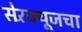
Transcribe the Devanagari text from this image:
सेरॅक्यूजचा